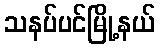
သနပ်ပင်မြို့နယ်